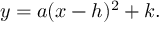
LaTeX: y = a ( x - h ) ^ { 2 } + k .